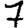
Digit: 7